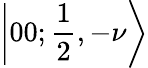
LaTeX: \left|00;\frac{1}{2},{-}\nu\right\rangle